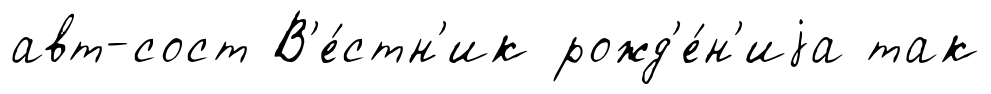
авт-сост В'е́стн'ик рожд'е́н'иjа так